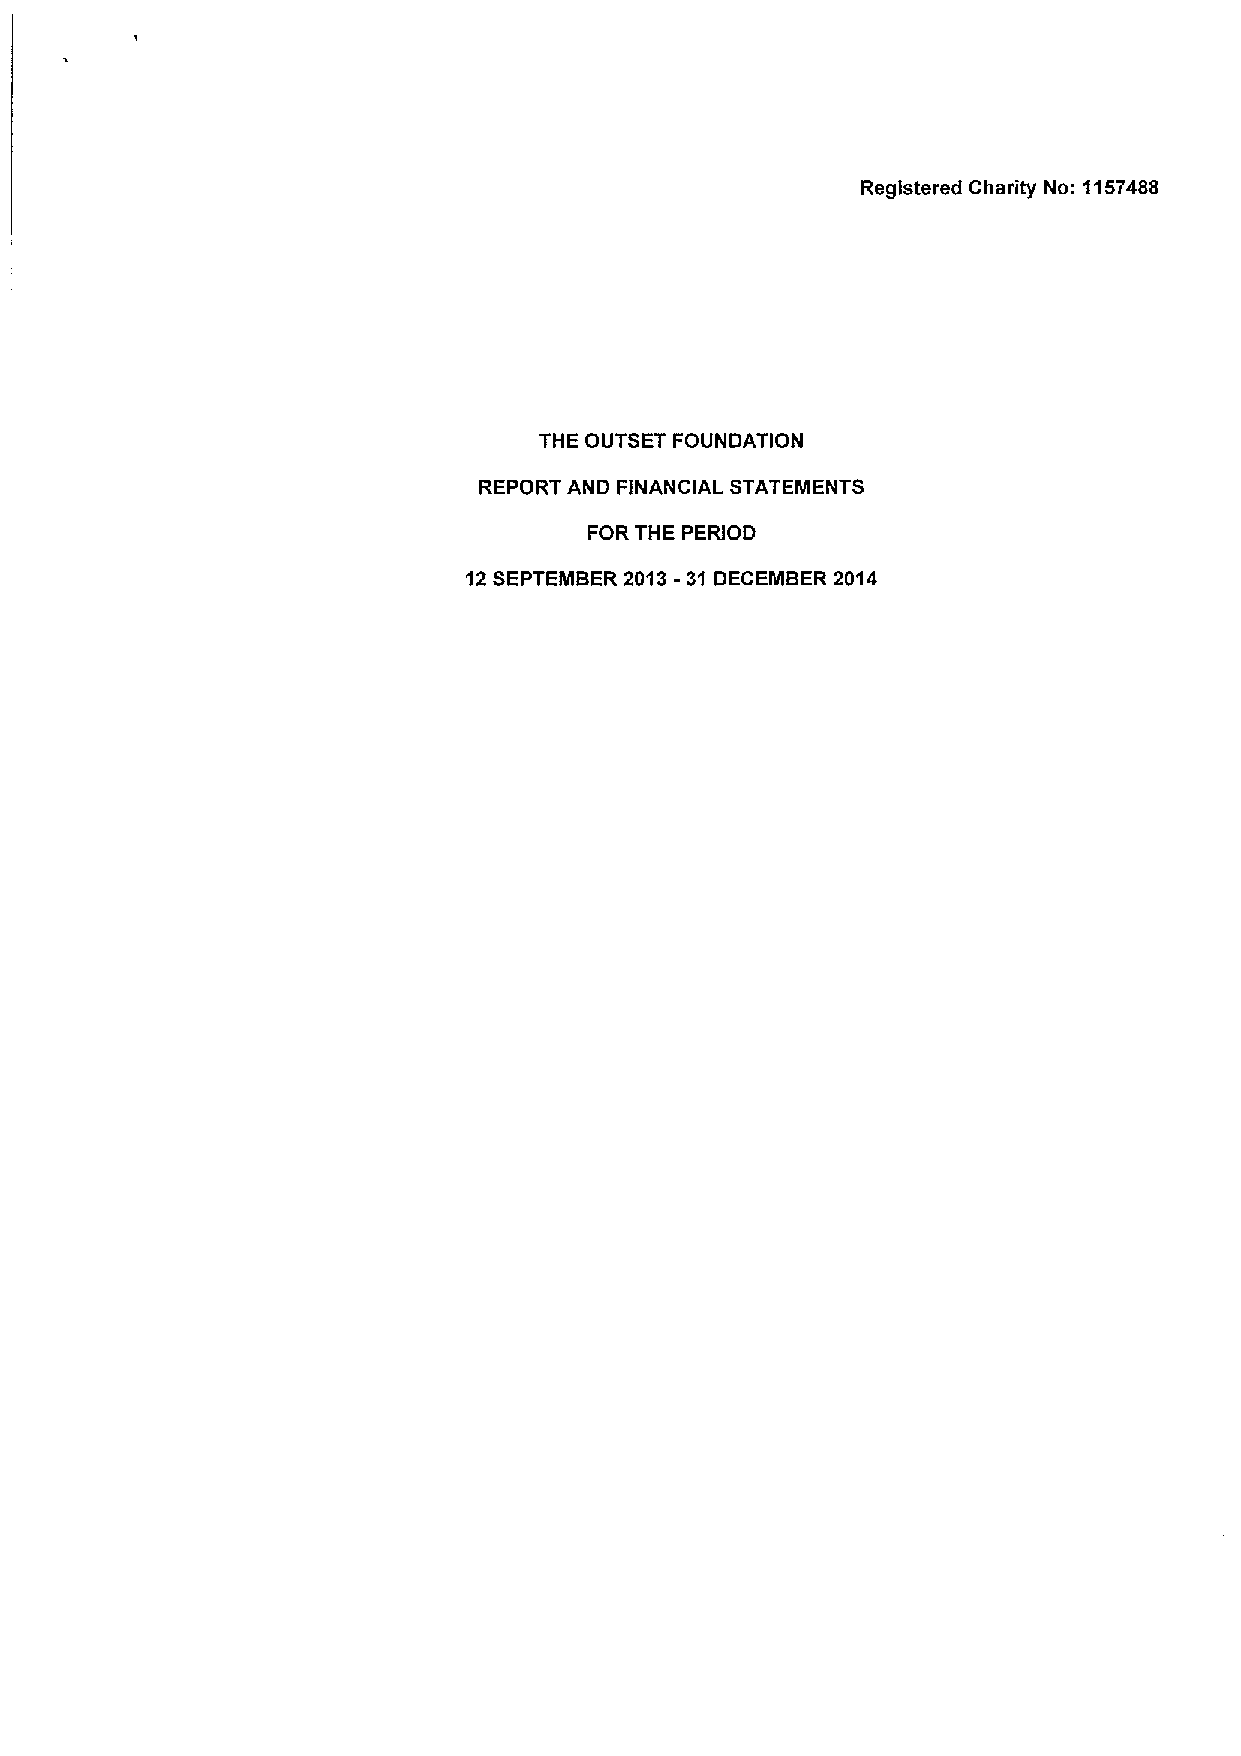
Registered Charity No: 1157488
 THE OUTSET FOUNDATION
 REPORT AND FINANCIAL STATEMENTS
 FOR THE PERIOD
 12SEPTEMBER 2013-31 DECEMBER 2014